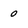
Character: 0